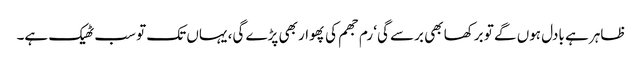
ظاہر ہے بادل ہوں گے تو برکھا بھی برسے گی‘ رم جھم کی پھوار بھی پڑے گی، یہاں تک تو سب ٹھیک ہے۔